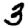
Digit: 3